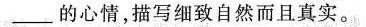
___的心情，描写细致自然而且真实。